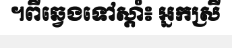
។ពីឆ្វេងទៅស្តាំ៖ អ្នកស្រី